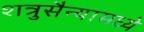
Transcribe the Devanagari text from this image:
शत्रुसैन्यामध्ये